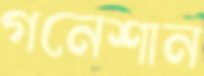
গনেশান